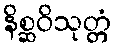
နိစ္ဆဝိသုတ္တံ